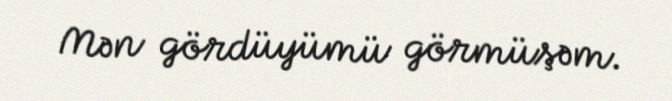
Mən gördüyümü görmüşəm.